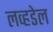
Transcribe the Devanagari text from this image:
लव्हडेल